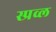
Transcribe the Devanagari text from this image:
स्प्रव्ल